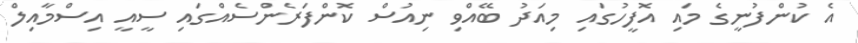
އެ ކުންފުނީގެ މައި އޮފީހުގައި މިއަދު ބޭއްވި ނިއުސް ކޮންފަރެންސެއްގައި ސީއީ އިސްމާއިލް